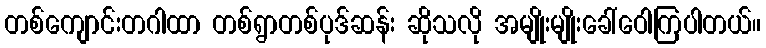
တစ်ကျောင်းတဂါထာ တစ်ရွာတစ်ပုဒ်ဆန်း ဆိုသလို အမျိုးမျိုးခေါ်ဝေါကြပါတယ်။